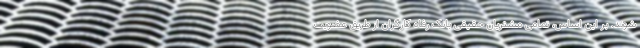
شوند. بر این اساس، تمامی مشتریان حقیقی بانک رفاه کارگران از طریق عضویت